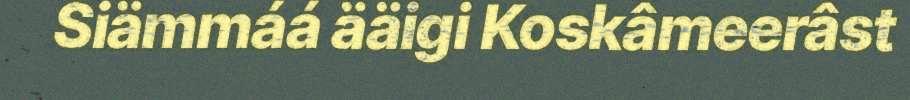
Siämmáá ääigi Koskâmeerâst